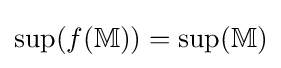
\sup(f(\mathbb {M} ))=\sup(\mathbb {M} )